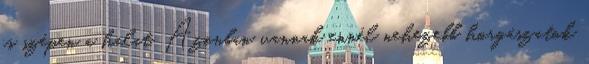
is szépen a halat. Azonban vannak ennél nehezebb horgászatok